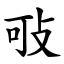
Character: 㪃